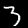
Digit: 3